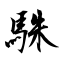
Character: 駯